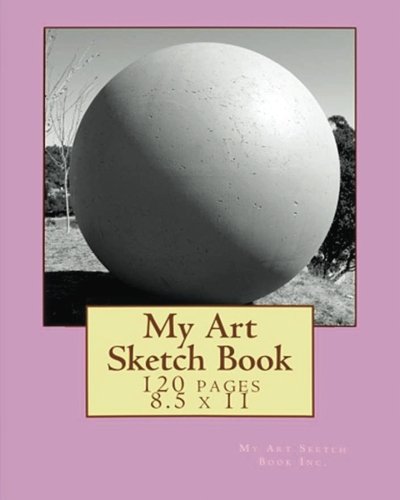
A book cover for My Art Sketch Book; "Ske Inc142; Crafts, Hobbies & Home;